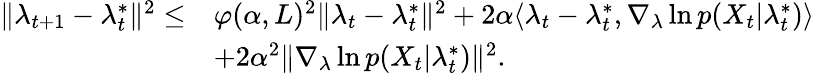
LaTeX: \begin{array}{rl}{\| \lambda_{t+1}-\lambda_{t}^{*}\| ^{2}\leq}&{\varphi(\alpha,L)^{2}\| \lambda_{t}-\lambda_{t}^{*}\| ^{2}+2\alpha\langle\lambda_{t}-\lambda_{t}^{*},\nabla_{\lambda}\ln p(X_{t}|\lambda_{t}^{*})\rangle}\\ &{+2\alpha^{2}\| \nabla_{\lambda}\ln p(X_{t}|\lambda_{t}^{*})\| ^{2}.}\end{array}